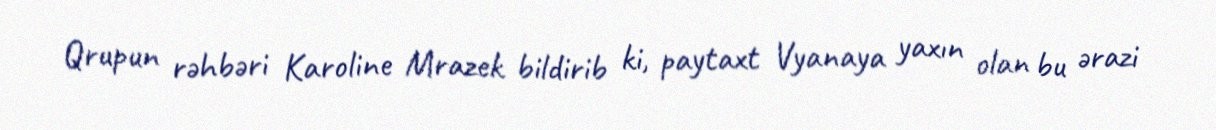
Qrupun rəhbəri Karoline Mrazek bildirib ki, paytaxt Vyanaya yaxın olan bu ərazi